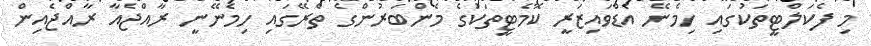
މި ފެކަލްޓީތަކުގައި ހިމެނޭ އެޑްވައިޒަރީ ކޮމެޓީތަކުގެ މެންބަރުންގެ ތެރޭގައި ހިމެނޭނީ ރާއްޖެއާ ރާއްޖެއިން